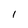
Character: l